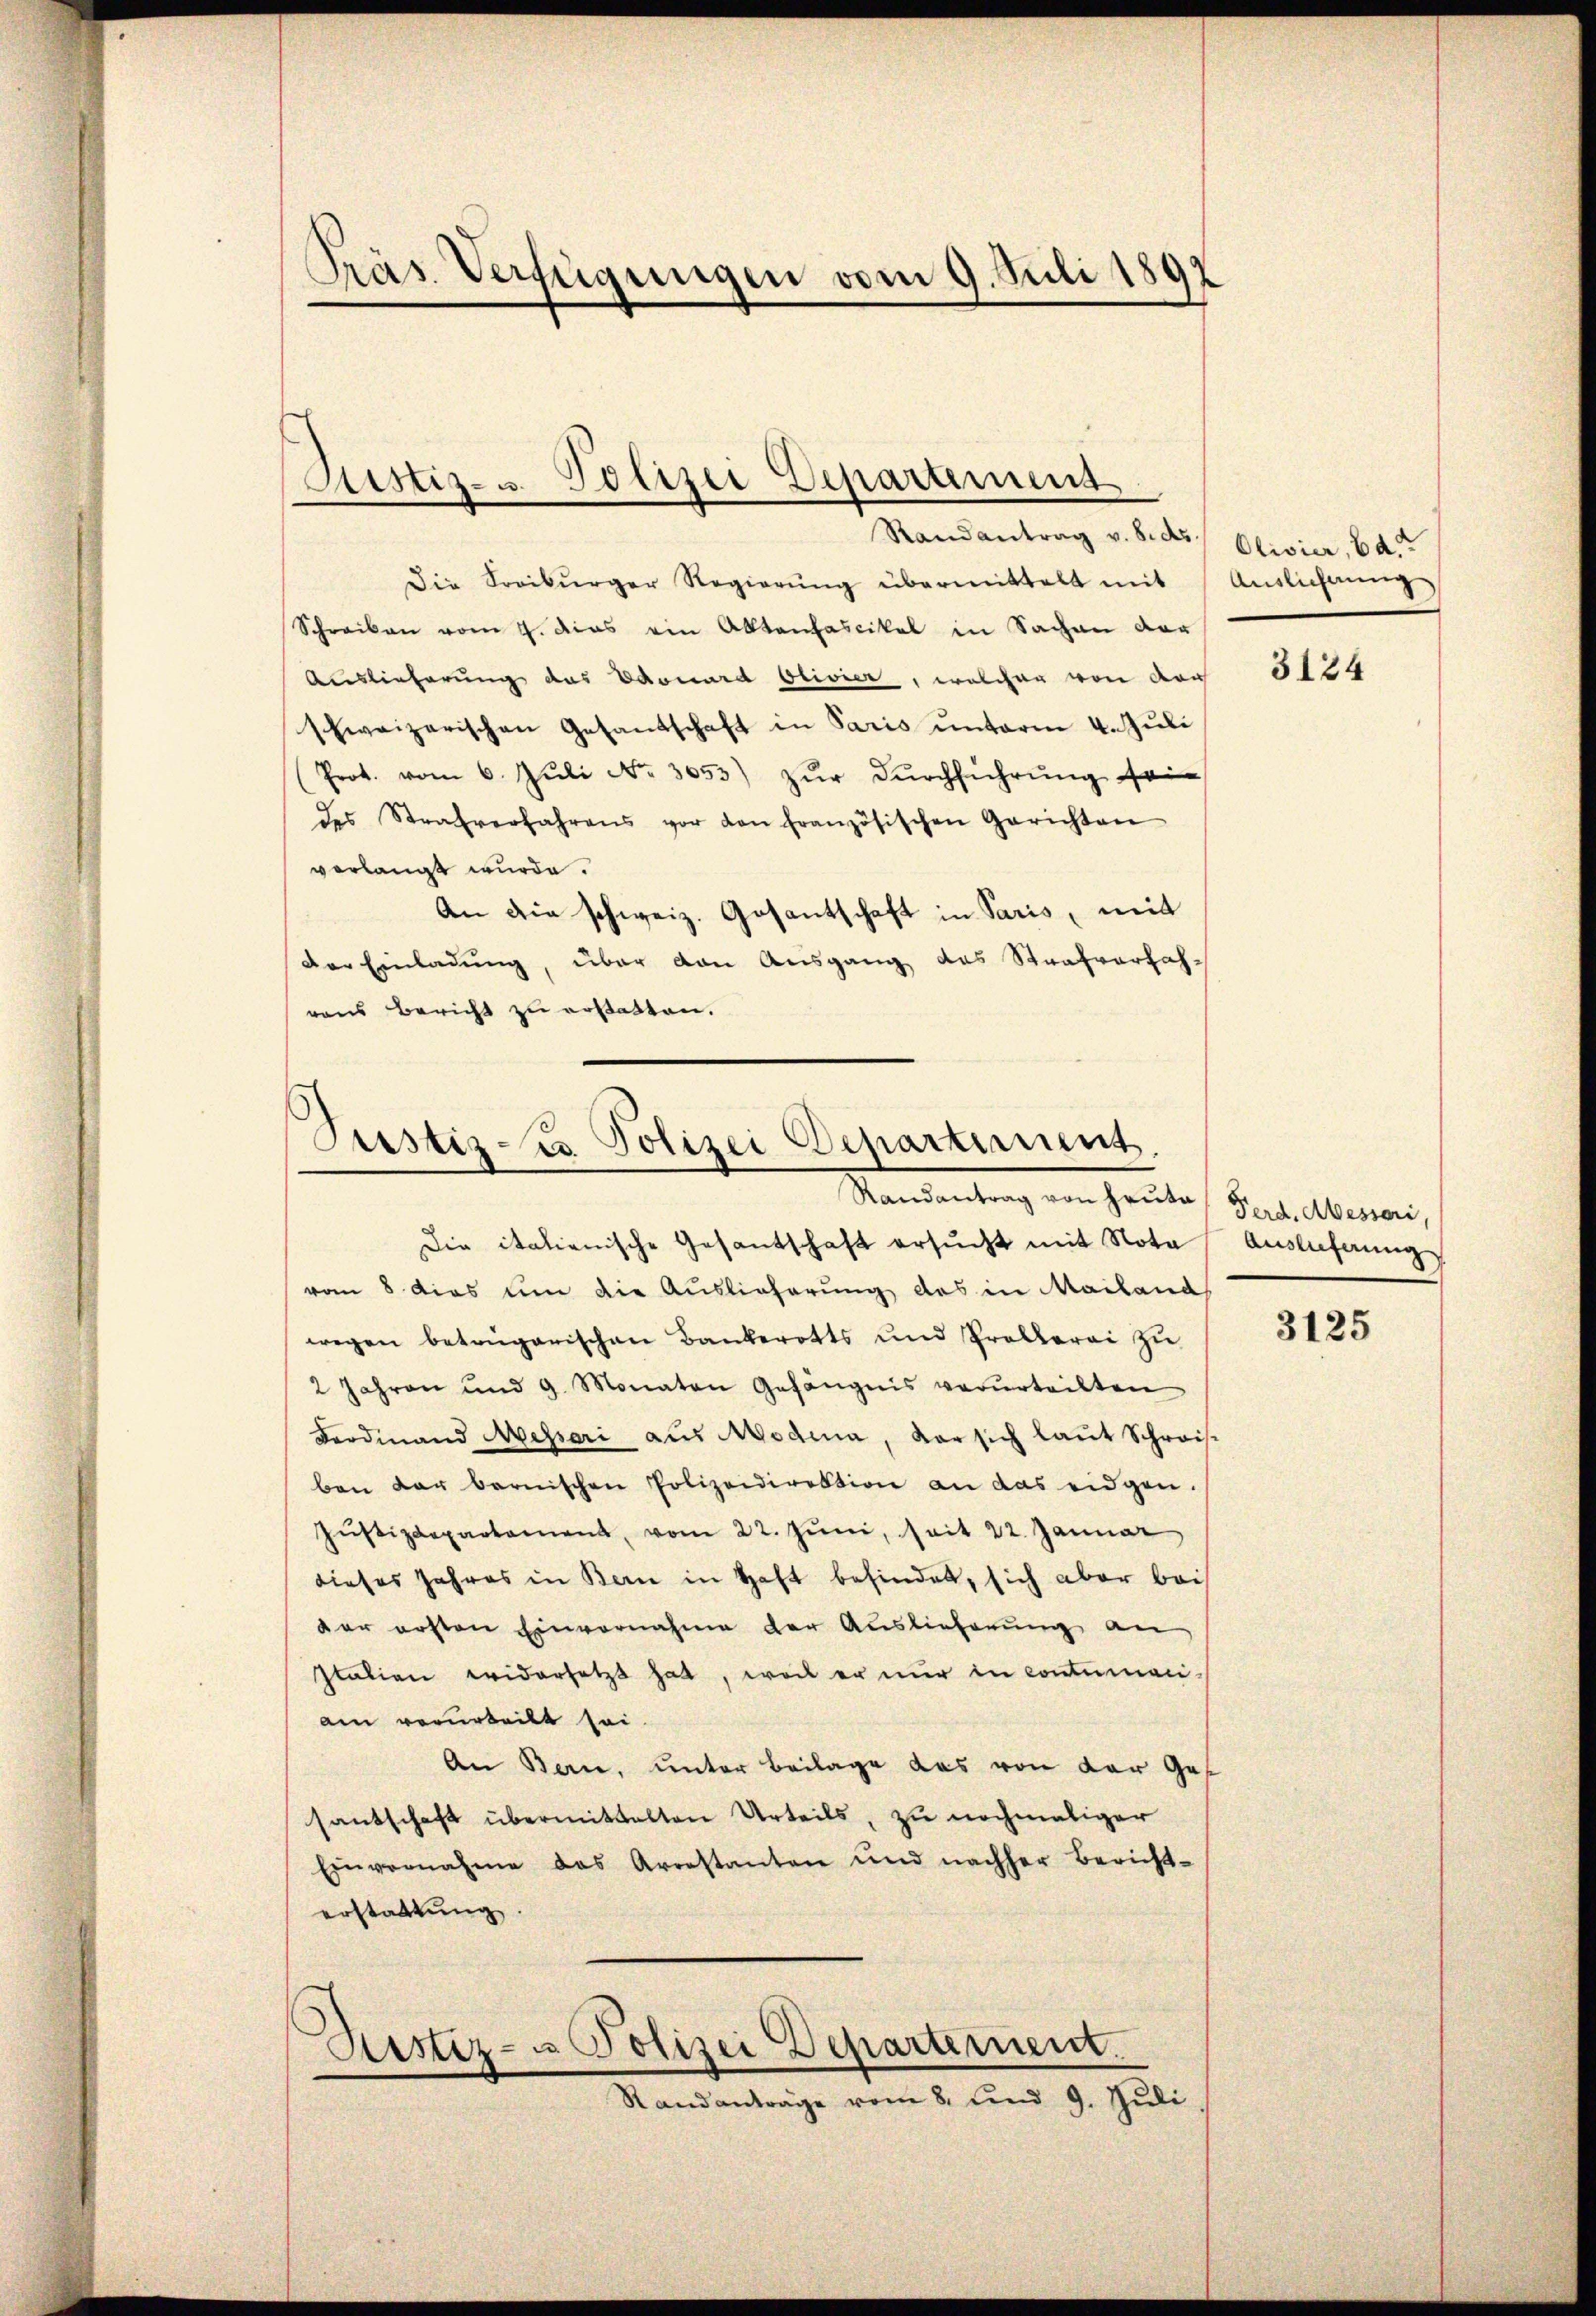
Präs. Verfügungen vom 9. Juli 180
d

Sistiz- u. Polizei Departement

Randantrag v. 8. ds. Olivier, Bd.
Die Soriburger Regierŭng übermittelt mit Ausliechnŭng
Schreiben vom 4. dies ein Aktenfascikel in Sachen der
Auslieferung das Edouard Olivier, welcher von der
hweizerischen Gesandschaft in Paris unterm 4. Juli
.
Prot. vom 6. Juli No. 3653) zur Durchführung sein
des Strafverfahrens vor den französischen Gerichten
verlangt wurde.
An die schweiz. Gosantschaft in Paris, mit
der Einladŭng, über den Ausgang des Strafverfahvons Bericht zu erstatten.

Justiz zu Polizei Departiment.
Randantrag von Heute Ferd. Messari,

Die italienische Gesantschaft ersucht mit Nota
vom 8 dies um die Auslieferung des in Mailand
wegen betrügerischen Bankerotts und Prollerei zu
2 Jahren und 9. Monaten Gefängnis verurteilten
Ferdinand Messari aus Modena, Vorsich laut Schreis-
ben der barnischen Polizeidirektion an das eidgen.
Jŭstizdepartement vom 22. Jŭni, seit 22. Januar
dieses Jahres in Bern in Haft befindet, sich aber bei
dar ersten Einvernahme der Auslieferung an
Itation widersetzt hat, weil er nur in contumaci-
am verurteilt sei.
An Bern, unter Beilage das von der Ge-
santschaft übermittalten Urteils, zu nochmaliger
Einvernahme des Arrestanten und nachher Bericht-
erstattung
Ristiz- u Polizei Departement.
Randanträge vom 8. und 9. Jŭli

3124

Auslicherung

3125